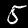
Digit: 5